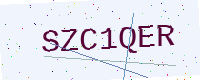
Text: SZC1QER